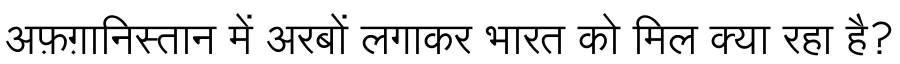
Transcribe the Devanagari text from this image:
अफ़ग़ानिस्तान में अरबों लगाकर भारत को मिल क्या रहा है?